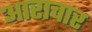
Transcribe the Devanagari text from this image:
आराचार